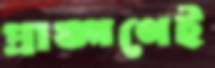
প্রাঙ্গণেই